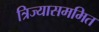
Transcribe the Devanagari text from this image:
त्रिज्यासममित